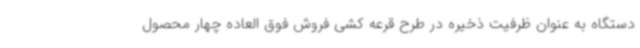
دستگاه به عنوان ظرفیت ذخیره در طرح قرعه کشی فروش فوق العاده چهار محصول